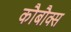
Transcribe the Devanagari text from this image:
कौबौक्स